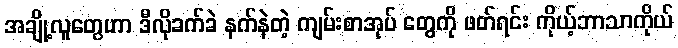
အချို့လူတွေဟာ ဒီလိုခက်ခဲ နက်နဲတဲ့ ကျမ်းစာအုပ် တွေကို ဖတ်ရင်း ကိုယ့်ဘာသာကိုယ်